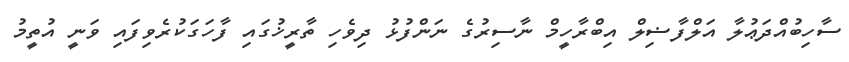
ސާހިބުއްދަޢުލާ އަލްފާޟިލް އިބްރާހީމް ނާސިރުގެ ނަންފުޅު ދިވެހި ތާރީޚުގައި ފާހަގަކުރެވިފައި ވަނީ އުތީމު